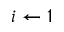
i \gets 1